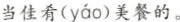
当佳肴( yáo )美餐的。